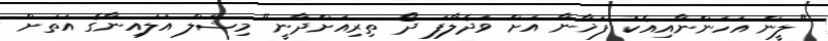
"ލީން އަހަންނާއިއެކު ފަޚާނާ އަށް ވަދެލާފަ ދޯ ތިރިއަށްދާނީ" މިޝަލް އަލައިނާގެ އަތަށް